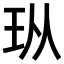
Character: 𪻐